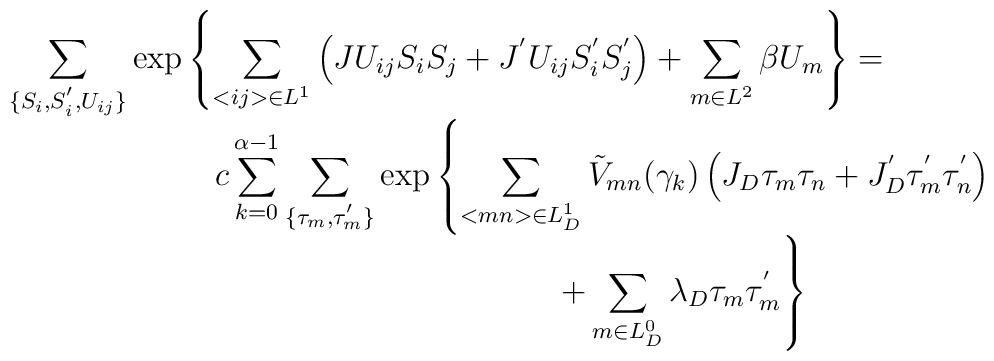
\begin{array}{c}{\displaystyle  \sum_{ \{S_i,S^{'}_i,U_{ij}\}   }     \exp \left\{\sum_{<ij>\in L^1 } \left(JU_{ij} S_i S_j    +J^{'} U_{ij} S^{'}_i S^{'}_j\right)    +\sum_{m\in L^2 } \beta U_m\right\} =  \hspace*{2cm}}\\{\displaystyle \hspace*{2cm} c\sum^{\alpha-1}_{k=0}      \sum_{\{\tau_m,\tau^{'}_m\}}     \exp \left\{\sum_{<mn>\in L_D^1 } {\tilde V}_{mn} (\gamma_k)            \left(J_D  \tau_m \tau_n    +J_D^{'} \tau^{'}_m \tau^{'}_n\right) \right.}\\{\displaystyle \hspace*{4cm}    \left. +\sum_{m\in L_D^0 } \lambda_D  \tau_m \tau^{'}_m\right\}}\end{array}